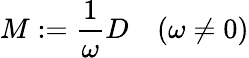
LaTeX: M:={\frac{1}{\omega}}D\quad(\omega\neq 0)